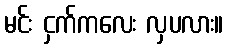
မင်း ငှက်ကလေး လှပလား။